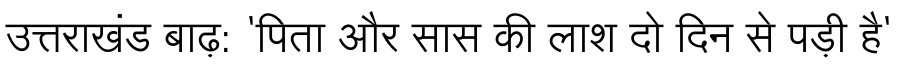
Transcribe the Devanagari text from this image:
उत्तराखंड बाढ़: 'पिता और सास की लाश दो दिन से पड़ी है'